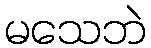
မသေဘဲ